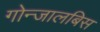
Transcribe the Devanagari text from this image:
गोन्जालबिस